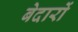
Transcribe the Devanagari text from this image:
बेदारों